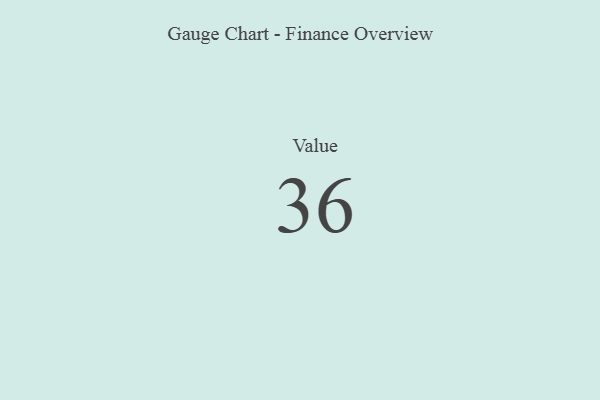
{"axis": {"x": "Metric", "y": "Value"}, "legend": [""], "data": [{"x": "Value", "y": 36, "type": ""}]}